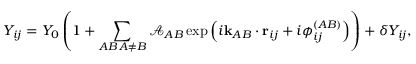
Y _ { i j } = Y _ { 0 } \left( 1 + \sum _ { \substack { A B \, A \neq B } } \mathcal { A } _ { A B } \exp \left( i \mathbf { k } _ { A B } \cdot \mathbf { r } _ { i j } + i \phi _ { i j } ^ { ( A B ) } \right) \right) + \delta Y _ { i j } ,